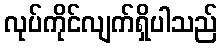
လုပ်ကိုင်လျက်ရှိပါသည်